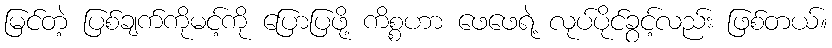
မြင်တဲ့ ပြစ်ချက်ကိုမင့်ကို ပြောပြဖို့ ကိစ္စဟာ ဖေဖေရဲ့ လုပ်ပိုင်ခွင့်လည်း ဖြစ်တယ်။